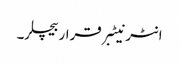
انٹرنیٹبرقراربیچلر۔